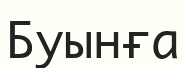
Буынға